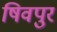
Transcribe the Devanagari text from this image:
षिवपुर